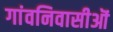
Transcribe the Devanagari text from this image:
गांवनिवासीऒं